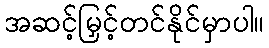
အဆင့်မြှင့်တင်နိုင်မှာပါ။